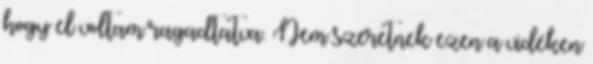
hogy el voltam ragadtatva. Nem szeretnek ezen a vidéken